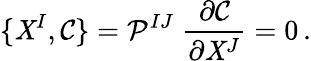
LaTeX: \{ \mathit{X}^{I},\mathcal{{C}}\} =\mathcal{{P}}^{IJ}\; \frac{{\partial\mathcal{{C}}}}{{\partial\mathit{X}^{J}}}=0\, .